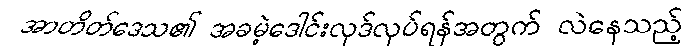
အာတိတ်ဒေသ၏ အခမဲ့ဒေါင်းလုဒ်လုပ်ရန်အတွက် လဲနေသည့်